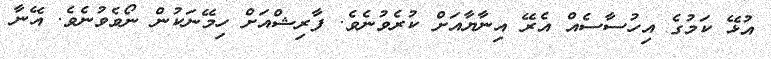
އުޅޭ ކަމުގެ އިހުސާސެއް އެރޭ އިނާޔާއަށް ކުރެވުނެވެ. ފާރިޝްއަށް ހިމޭނަކުން ނޯވެވުނެވެ. އޭނާ